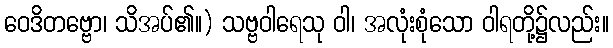
ဝေဒိတဗ္ဗော၊ သိအပ်၏။) သဗ္ဗဝါရေသု ဝါ၊ အလုံးစုံသော ဝါရတို့၌လည်း။